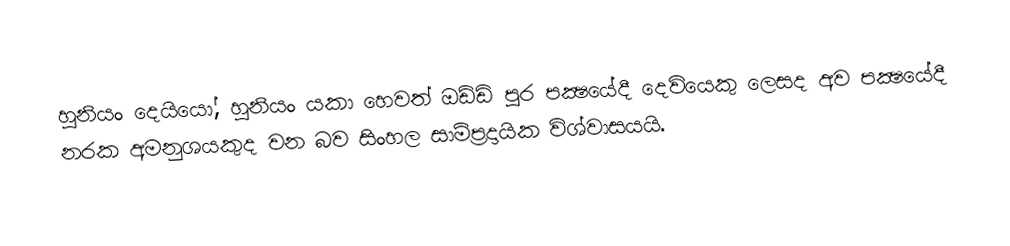
හූනියං දෙයියෝ, හූනියං යකා හෙවත් ඔඩ්ඩි  පුර පක්‍ෂයේදී දෙවියෙකු ලෙසද අව පක්‍ෂයේදී  නරක අමනුශයකුද වන බව සිංහල සාම්ප්‍රදායික විශ්වාසයයි.